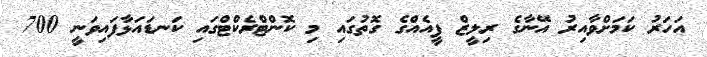
އަހަރު ކަމަށްވާއިރު އޭނާގެ ރިލީޒް ފީއެއްގެ ގޮތުގައި މި ކޮންޓްރެކްޓްގައި ކަނޑައަޅާފައިވަނީ 700